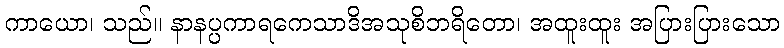
ကာယော၊ သည်။ နာနပ္ပကာရကေသာဒိအသုစိဘရိတော၊ အထူးထူး အပြားပြားသော